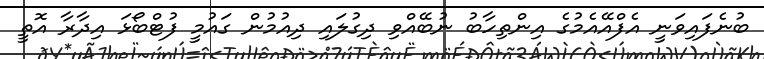
ބުނެފައިވަނީ އެފްއޭއެމުގެ އިންތިހާބު ނުބޭއްވި ދިގުލައި ދިއުމުން ގައުމީ ފުޓްބޯޅަ އިދާރާ އޮތީ